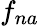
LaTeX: f_{na}